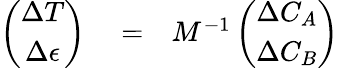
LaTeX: \begin{array}{rlr}{\left(\begin{array}{c}{\Delta T}\\ {\Delta\epsilon}\end{array}\right)}&{{}=}&{M^{-1}\left(\begin{array}{c}{\Delta C_{A}}\\ {\Delta C_{B}}\end{array}\right)}\end{array}